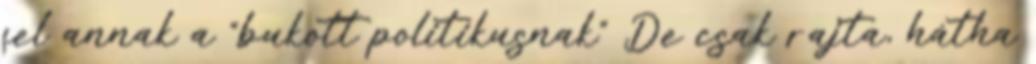
fel annak a “bukott politikusnak” De csak rajta, hátha